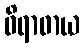
ဝိရာဓာယ